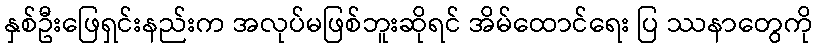
နှစ်ဦးဖြေရှင်းနည်းက အလုပ်မဖြစ်ဘူးဆိုရင် အိမ်ထောင်ရေး ပြ ဿနာတွေကို